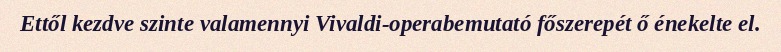
Ettől kezdve szinte valamennyi Vivaldi-operabemutató főszerepét ő énekelte el.